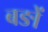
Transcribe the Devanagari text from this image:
बङों